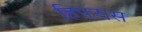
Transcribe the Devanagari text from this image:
हिपटास